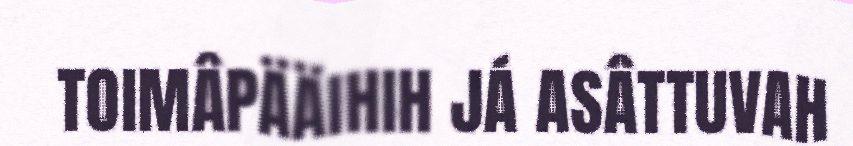
TOIMÂPÄÄIHIH JÁ ASÂTTUVAH